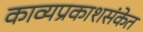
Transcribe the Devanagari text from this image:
काव्यप्रकाशसंकेत